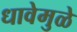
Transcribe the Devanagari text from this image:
धावेमुळे